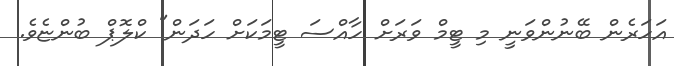
އަހަރެން ބޭނުންވަނީ މި ޓީމް ވަރަށް ހާއްސަ ޓީމަކަށް ހަދަން" ކްލޮޕް ބުންޏެވެ.